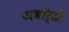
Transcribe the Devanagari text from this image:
अवॉर्डी